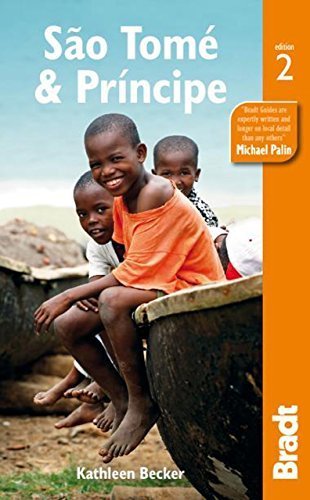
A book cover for Sao Tome & Principe (Bradt Travel Guides) by Becker, Kathleen (2014) Paperback; Kathleen Becker; Travel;